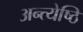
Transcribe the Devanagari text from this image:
अन्त्येष्ठि